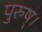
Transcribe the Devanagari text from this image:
पुरुष्।